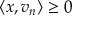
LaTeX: \langle x , v _ { n } \rangle \geq 0